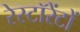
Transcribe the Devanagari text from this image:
रेस्टॉरेंटों